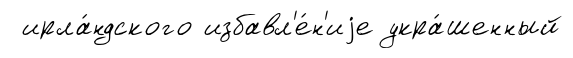
ирла́ндского избавл'е́н'иjе укра́шенный